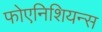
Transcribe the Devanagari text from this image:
फोएनिशियन्स